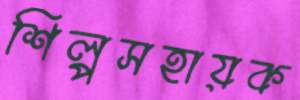
শিল্পসহায়ক